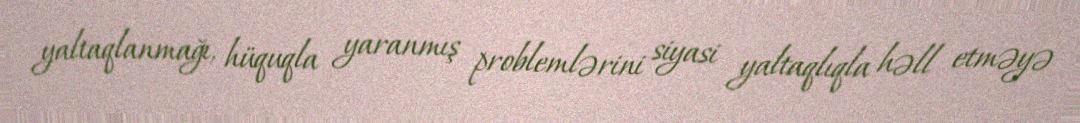
yaltaqlanmağı, hüquqla yaranmış problemlərini siyasi yaltaqlıqla həll etməyə